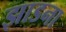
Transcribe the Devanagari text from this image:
झाडना